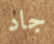
جاد